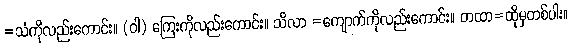
=သံကိုလည်းကောင်း။ (ဝါ) ကြေးကိုလည်းကောင်း။ သိလာ =ကျောက်ကိုလည်းကောင်း။ တထာ=ထိုမှတစ်ပါး။